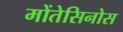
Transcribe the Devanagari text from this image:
मोंतेसिनोस